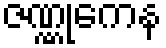
ဇဏ္ဏုကေန